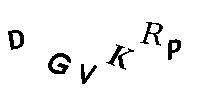
DGVKRP